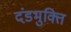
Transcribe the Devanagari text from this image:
दंडभुक्ति